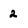
Character: 2